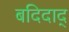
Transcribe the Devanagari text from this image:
बदिदाद्